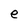
Character: e